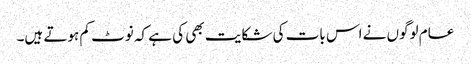
عام لوگوں نے اس بات کی شکایت بھی کی ہے کہ نوٹ کم ہوتے ہیں۔